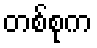
တစ်စုက